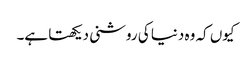
کیوں کہ وہ دنیا کی روشنی دیکھتا ہے۔